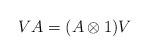
LaTeX: \begin{align*}VA=(A\otimes 1)V\end{align*}